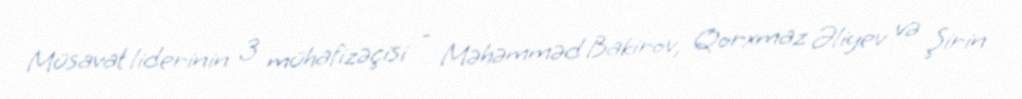
Müsavat liderinin 3 mühafizəçisi - Məhəmməd Bakirov, Qorxmaz Əliyev və Şirin